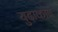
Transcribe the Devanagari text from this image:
युदाकोव